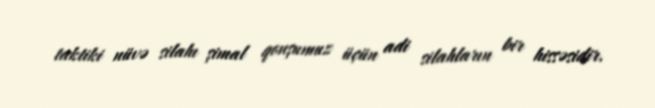
taktiki nüvə silahı şimal qonşumuz üçün adi silahların bir hissəsidir.